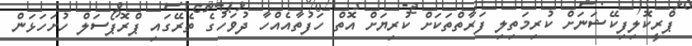
ޕްރީކޮލިފިކޭޝަނަށް ކުރިމަތިލި ފަރާތްތަކަށް ކުރިޔަށް އޮތް ހަފުތާއެއްހާ ދުވަހުގެ ތެރޭގައި ޕްރޮޮޕޯސަލް ހުށަހަޅަން